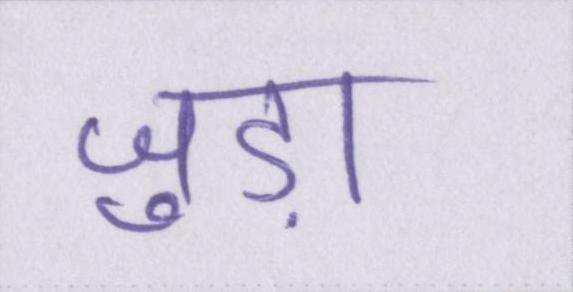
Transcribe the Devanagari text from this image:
जुड़ा